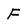
Character: F